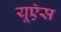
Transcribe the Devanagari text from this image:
यूऍस